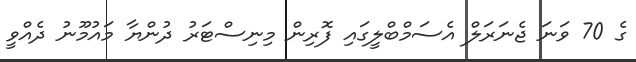
ގެ 70 ވަނަ ޖެނަރަލް އެސަމްބްލީގައި ފޮރިން މިނިސްޓަރު ދުންޔާ މައުމޫނު ދެއްވީ